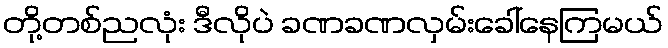
တို့တစ်ညလုံး ဒီလိုပဲ ခဏခဏလှမ်းခေါ်နေကြမယ်